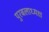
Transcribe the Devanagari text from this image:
पुरबलाध्यक्ष